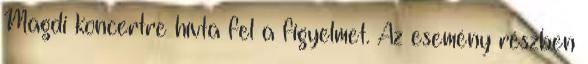
Magdi koncertre hívta fel a figyelmet. Az esemény részben